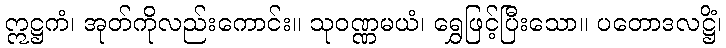
ဣဋ္ဌကံ၊ အုတ်ကိုလည်းကောင်း။ သုဝဏ္ဏမယံ၊ ရွှေဖြင့်ပြီးသော။ ပတောဒလဋ္ဌိံ၊